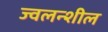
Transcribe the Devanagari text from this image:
ज्वलन्शील